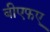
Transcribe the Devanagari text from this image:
बीएफए